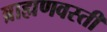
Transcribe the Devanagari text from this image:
ब्राह्मणवस्ती